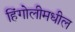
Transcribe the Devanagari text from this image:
हिंगोलीमधील